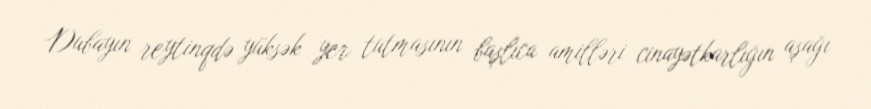
Dubayın reytinqdə yüksək yer tutmasının başlıca amilləri cinayətkarlığın aşağı